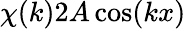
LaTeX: \chi(k)2A\cos(kx)